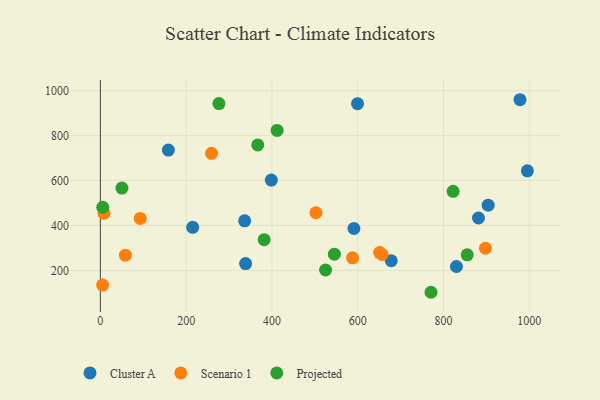
{"axis": {"x": "Engine Size", "y": "Profit"}, "legend": ["Cluster A", "Projected", "Scenario 1"], "data": [{"x": "591.3", "y": 386.6, "type": "Cluster A"}, {"x": "338.7", "y": 230.4, "type": "Cluster A"}, {"x": "215.3", "y": 391.9, "type": "Cluster A"}, {"x": "158.6", "y": 735.7, "type": "Cluster A"}, {"x": "599.7", "y": 941.8, "type": "Cluster A"}, {"x": "904.3", "y": 490.4, "type": "Cluster A"}, {"x": "678.3", "y": 243.1, "type": "Cluster A"}, {"x": "336.4", "y": 420.6, "type": "Cluster A"}, {"x": "978.5", "y": 959.5, "type": "Cluster A"}, {"x": "830.2", "y": 217.4, "type": "Cluster A"}, {"x": "398.7", "y": 601.8, "type": "Cluster A"}, {"x": "995.7", "y": 643.1, "type": "Cluster A"}, {"x": "881.7", "y": 433.3, "type": "Cluster A"}, {"x": "58.4", "y": 268.0, "type": "Scenario 1"}, {"x": "898.0", "y": 298.6, "type": "Scenario 1"}, {"x": "651.3", "y": 279.6, "type": "Scenario 1"}, {"x": "588.1", "y": 256.1, "type": "Scenario 1"}, {"x": "5.3", "y": 134.9, "type": "Scenario 1"}, {"x": "656.9", "y": 271.3, "type": "Scenario 1"}, {"x": "92.9", "y": 431.2, "type": "Scenario 1"}, {"x": "8.5", "y": 453.9, "type": "Scenario 1"}, {"x": "502.7", "y": 456.7, "type": "Scenario 1"}, {"x": "259.3", "y": 720.9, "type": "Scenario 1"}, {"x": "276.5", "y": 942.5, "type": "Projected"}, {"x": "822.5", "y": 552.1, "type": "Projected"}, {"x": "5.6", "y": 481.0, "type": "Projected"}, {"x": "771.0", "y": 102.8, "type": "Projected"}, {"x": "545.7", "y": 272.4, "type": "Projected"}, {"x": "382.0", "y": 336.7, "type": "Projected"}, {"x": "412.1", "y": 822.8, "type": "Projected"}, {"x": "50.3", "y": 566.3, "type": "Projected"}, {"x": "855.4", "y": 269.3, "type": "Projected"}, {"x": "525.2", "y": 201.9, "type": "Projected"}, {"x": "367.0", "y": 758.5, "type": "Projected"}]}